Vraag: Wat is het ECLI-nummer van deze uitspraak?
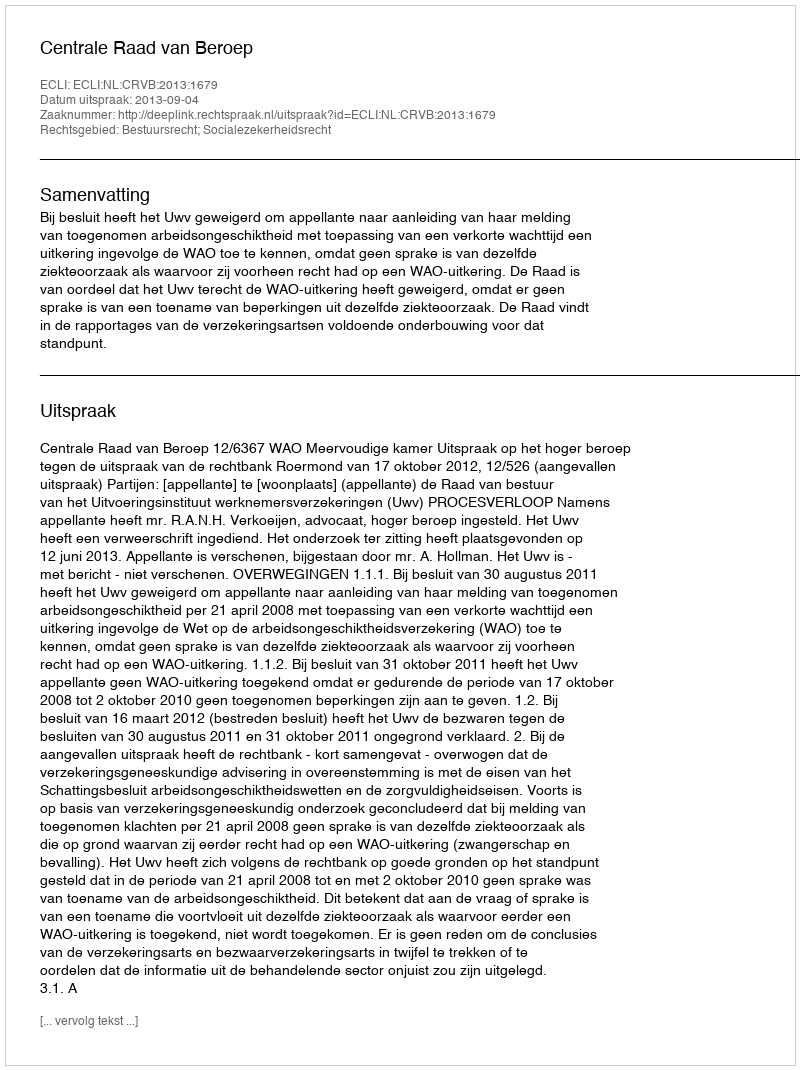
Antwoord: ECLI:NL:CRVB:2013:1679